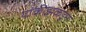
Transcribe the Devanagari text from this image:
यांकीझकडून